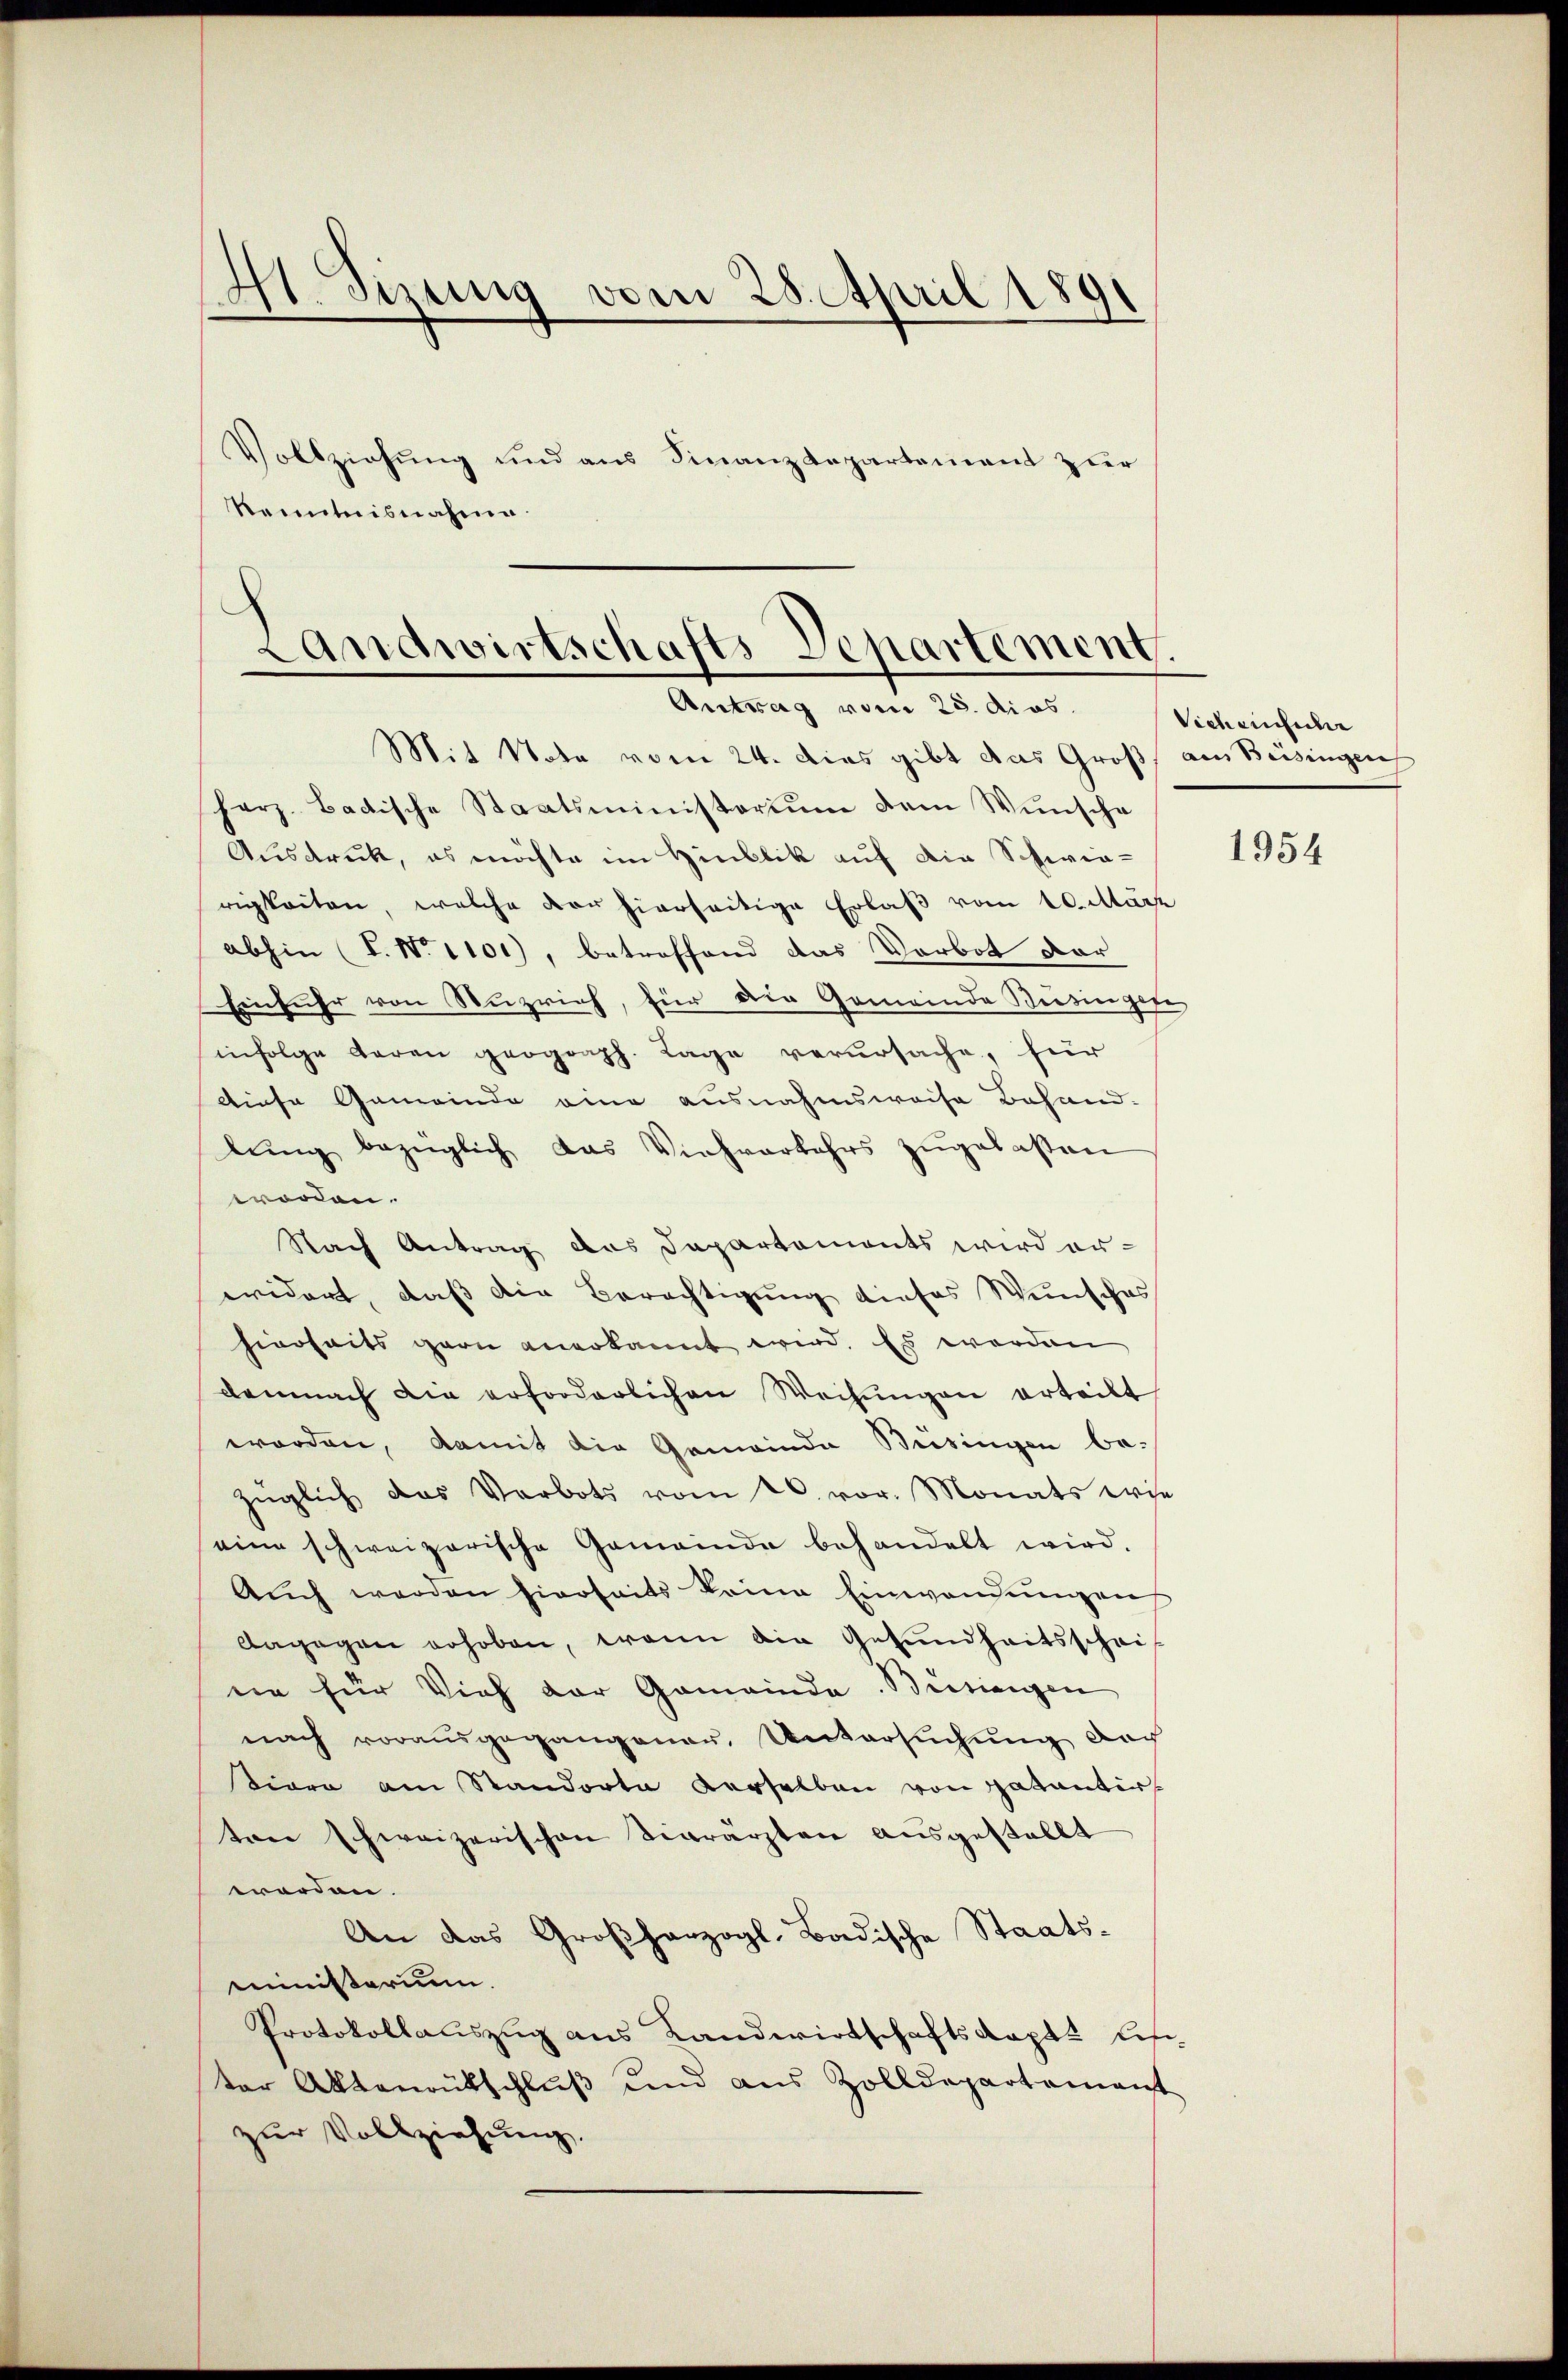
Renntnisnahme.

41. Sizung vom 28. April 1891
Vollziehung und aus Finanzdepartement zur

herz. Badische Staatsministerium dem Wunsche
Ausdruck, es möchte im Hinblik auf die Schwie-
rigkeiten, welche vor hierseitige Erlaβ vom 10. März
abhin (T. No 1100), betreffend das Vorbot dar
Einfuhr von Nuzrich, für die Gemeinde Beisingere
infolge deren geograph. Lage verursache, für
diese Gemeinde eine ausnahmsweise Behand-
lŭng bezüglich das Viehverkehrs zŭgelassen
worden.
Nach Antrag des Departements wird er-
widert, daß die Berechtigung dieses Wunsches
hierseits garn anerkannt wird. Es werden
demnach die erforderlichen Weisŭngen erteilt
worden, damit die Gemeinde Beisingen be-
züglich das Verbots vom 26. vor. Monats wie
eine schweizerische Gemeinde behandelt wird.
Auch werden hierseits keine Einwendungen
dagegen erhoben, wenn die Gesundheitsscheit
nie für Vieh der Gemeinde. Beisingen
nach vorausgegangener Untersuchung doch
tiore am Standorte derselben von patentir
ten schweizerischen Begrärzten ausgestellt
worden.
An das Großherzogl. Badische Staats-
reinisterium.
Protokollauszug aus Landwirtschaftskapts Lisiter Aktenrütschluß und aus Zolldepartement
zur Vollziehung.

Landwirtschafts Departement.
Antrag vom 23. dies
Mit Nota vom 24. dies gibt das Groß, aus Beisingen

Sicheinliche

1954